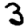
Digit: 3